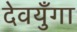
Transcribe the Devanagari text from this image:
देवयुँगा